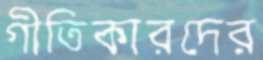
গীতিকারদের